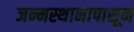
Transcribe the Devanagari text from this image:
जन्मस्थानापासून